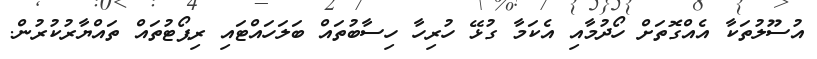
އުސޫލުތަކާ އެއްގޮތަށް ހޯދުމާއި އެކަމާ ގުޅޭ ހުރިހާ ހިސާބުތައް ބަލަހައްޓައި ރިޕޯޓުތައް ތައްޔާރުކުރުން.